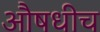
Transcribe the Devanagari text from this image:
औषधीच